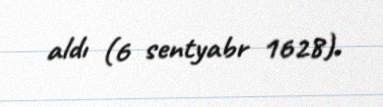
aldı (6 sentyabr 1628).